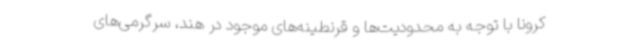
کرونا با توجه به محدودیت‌ها و قرنطینه‌های موجود در هند، سرگرمی‌های